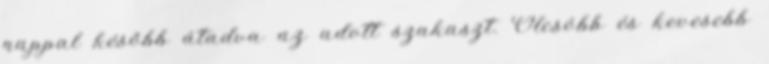
nappal később átadva az adott szakaszt. Olcsóbb és kevesebb